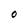
Character: O